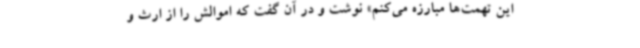
این تهمت‌ها مبارزه می‌کنم» نوشت و در آن گفت که اموالش را از ارث و